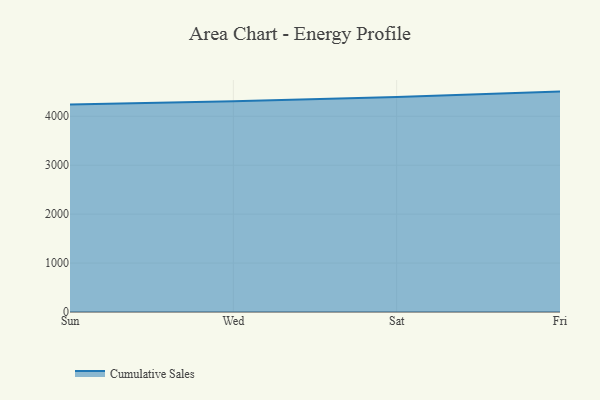
{"axis": {"x": "Day", "y": "Latency (ms)"}, "legend": ["Cumulative Sales"], "data": [{"x": "Sun", "y": 4242.1, "type": "Cumulative Sales"}, {"x": "Wed", "y": 4304.4, "type": "Cumulative Sales"}, {"x": "Sat", "y": 4392.4, "type": "Cumulative Sales"}, {"x": "Fri", "y": 4503.8, "type": "Cumulative Sales"}]}